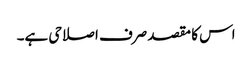
اس کا مقصد صرف اصلاحی ہے۔